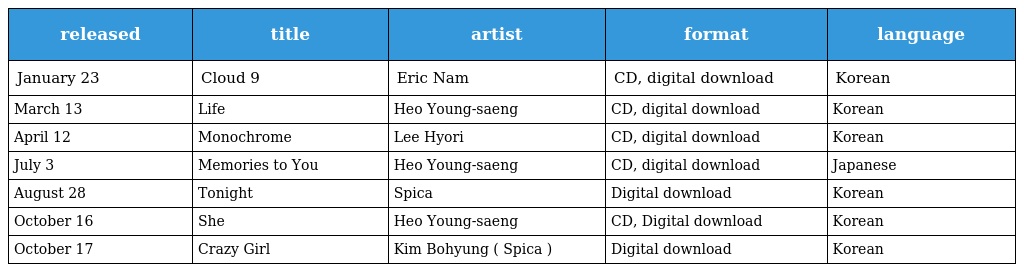
| released | title | artist | format | language |
 | --- | --- | --- | --- | --- |
 | January 23 | Cloud 9 | Eric Nam | CD, digital download | Korean |
 | March 13 | Life | Heo Young-saeng | CD, digital download | Korean |
 | April 12 | Monochrome | Lee Hyori | CD, digital download | Korean |
 | July 3 | Memories to You | Heo Young-saeng | CD, digital download | Japanese |
 | August 28 | Tonight | Spica | Digital download | Korean |
 | October 16 | She | Heo Young-saeng | CD, Digital download | Korean |
 | October 17 | Crazy Girl | Kim Bohyung ( Spica ) | Digital download | Korean |